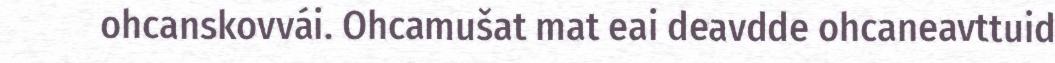
ohcanskovvái. Ohcamušat mat eai deavdde ohcaneavttuid